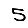
Digit: 5